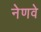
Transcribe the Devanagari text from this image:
नेणवे